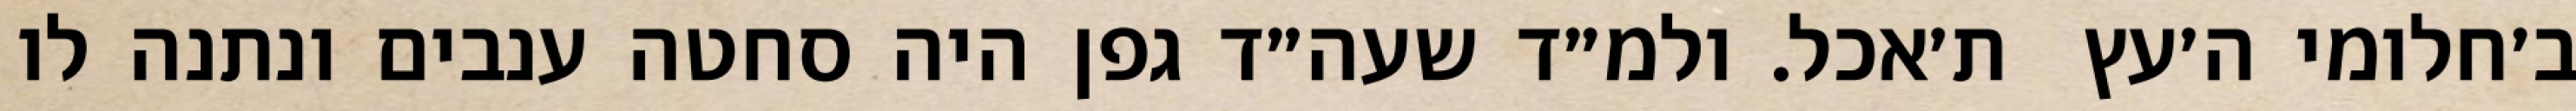
ב׳חלומי ה׳עץ  ת׳אכל. ולמ״ד שעה״ד גפן היה סחטה ענבים ונתנה לו